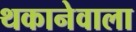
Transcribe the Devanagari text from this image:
थकानेवाला